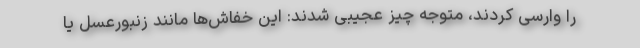
را وارسی کردند، متوجه چیز عجیبی شدند: این خفاش‌ها مانند زنبورعسل یا